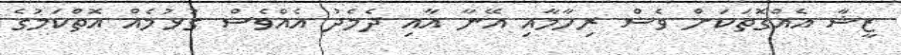
ޒީޝާ އެއްގޮތަކަށް ވެސް ރިހާމާއި އޭނާ އާއި ދެމެދު އެއްވެސް ގުޅުމެއް އޮތްކަމުގެ